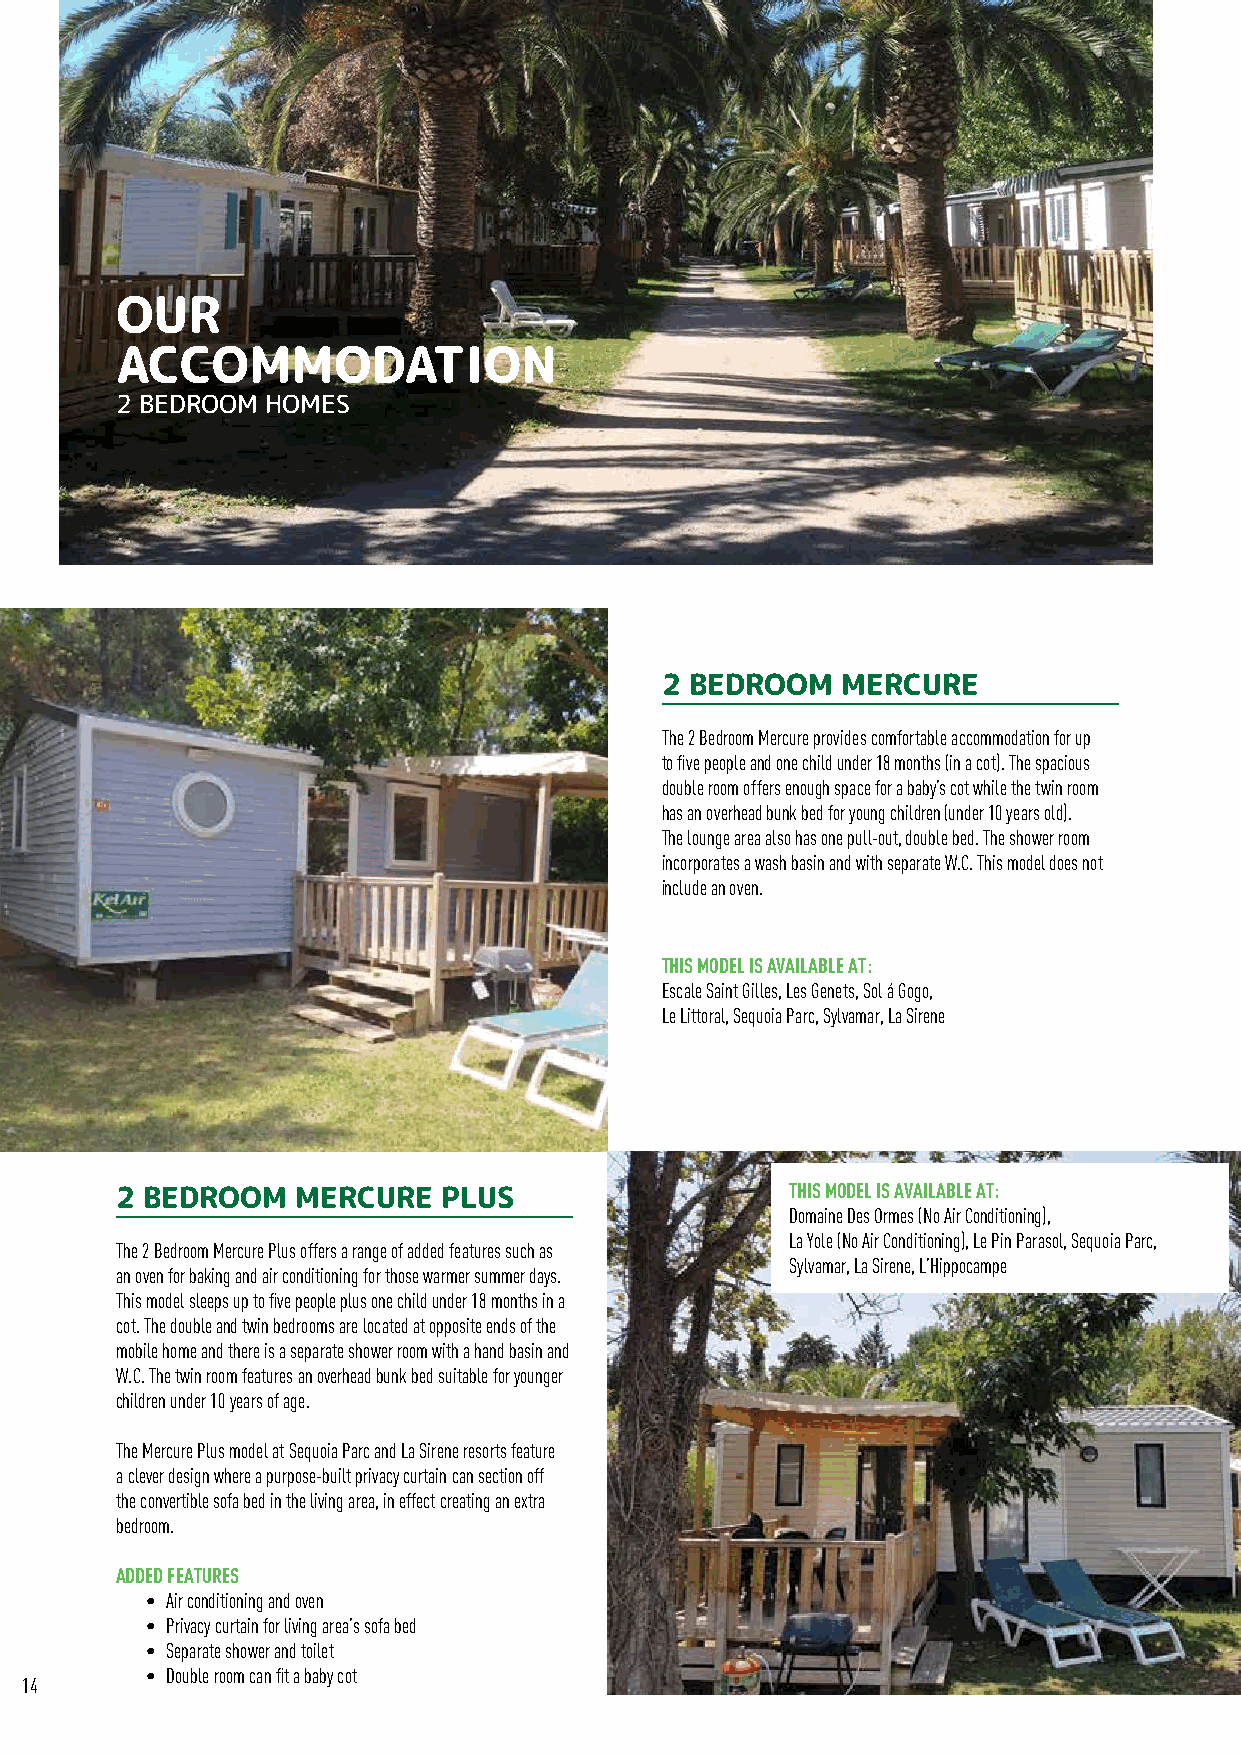
OUR
 ACCOMMODATION
 2 BEDROOM HOMES
 2 BEDROOM   MERCURE
 The 2 Bedroom Mercure provides comfortable accommodation for up
 to five people and one child under 18 months (in a cot). The spacious
 double room offers enough space for a baby’s cot while the twin room
 has an overhead bunk bed for young children (under 10 years old).
 The lounge area also has one pull-out, double bed. The shower room
 incorporates a wash basin and with separate W.C. This model does not
 include an oven.
 THIS MODEL IS AVAILABLE AT:
 Escale Saint Gilles, Les Genets, Sol á Gogo,
 Le Littoral, Sequoia Parc, Sylvamar, La Sirene
 THIS MODEL IS AVAILABLE AT:
 2 BEDROOM   MERCURE  PLUS
 Domaine Des Ormes (No Air Conditioning),
 La Yole (No Air Conditioning), Le Pin Parasol, Sequoia Parc,
 The 2 Bedroom Mercure Plus offers a range of added features such as
 Sylvamar, La Sirene, L’Hippocampe
 an oven for baking and air conditioning for those warmer summer days.
 This model sleeps up to five people plus one child under 18 months in a
 cot. The double and twin bedrooms are located at opposite ends of the
 mobile home and there is a separate shower room with a hand basin and
 W.C. The twin room features an overhead bunk bed suitable for younger
 children under 10 years of age.
 The Mercure Plus model at Sequoia Parc and La Sirene resorts feature
 a clever design where a purpose-built privacy curtain can section off
 the convertible sofa bed in the living area, in effect creating an extra
 bedroom.
 ADDED FEATURES
 • Air conditioning and oven
 • Privacy curtain for living area’s sofa bed
 • Separate shower and toilet
 • Double room can fit a baby cot
 14